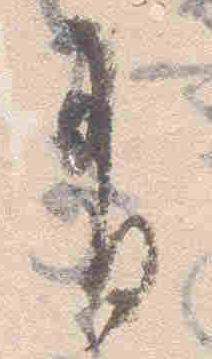
有